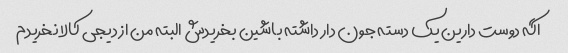
اگه دوست دارین یک دسته جون دار داشته باشین بخریدش البته من از دیجی کالا نخریدم